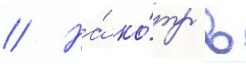
// На́ ко́тр в